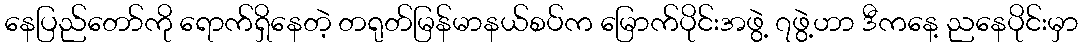
နေပြည်တော်ကို ရောက်ရှိနေတဲ့ တရုတ်မြန်မာနယ်စပ်က မြောက်ပိုင်းအဖွဲ့ ၇ဖွဲ့ဟာ ဒီကနေ့ ညနေပိုင်းမှာ